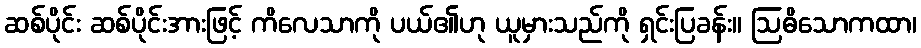
ဆစ်ပိုင်း ဆစ်ပိုင်းအားဖြင့် ကိလေသာကို ပယ်၏ဟု ယူမှားသည်ကို ရှင်းပြခန်း။ ဩဓိသောကထာ၊